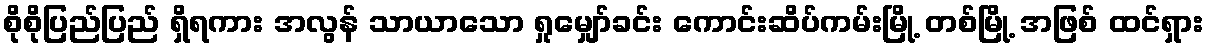
စိုစိုပြည်ပြည် ရှိရကား အလွန် သာယာသော ရှုမျှော်ခင်း ကောင်းဆိပ်ကမ်းမြို့ တစ်မြို့ အဖြစ် ထင်ရှား